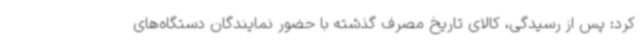
کرد: پس از رسیدگی، کالای تاریخ مصرف گذشته با حضور نمایندگان دستگاه‌های